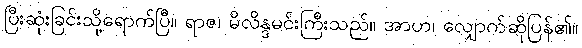
ပြီးဆုံးခြင်းသို့ရောက်ပြီ။ ရာဇ၊ မိလိန္ဒမင်းကြီးသည်။ အာဟ၊ လျှောက်ဆိုပြန်၏။